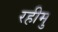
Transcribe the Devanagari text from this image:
रहीमु